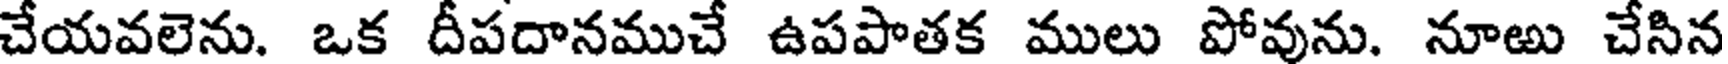
చేయవలెను. ఒక దీపదానముచే ఉపపాతక ములు పోవును. నూఱు చేసిన